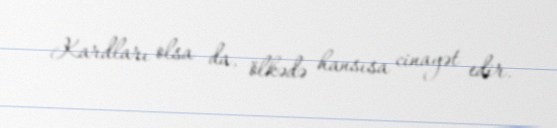
Kardları olsa da, ölkədə hansısa cinayət edir.